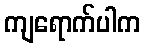
ကျရောက်ပါက